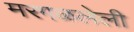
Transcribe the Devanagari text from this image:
मरगळलेली